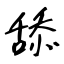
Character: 舔